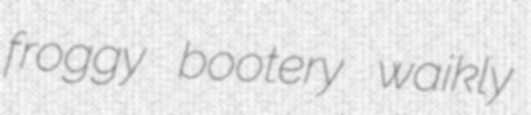
froggy bootery waikly